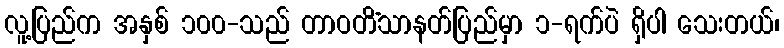
လူ့ပြည်က အနှစ် ၁၀၀-သည် တာဝတိံသာနတ်ပြည်မှာ ၁-ရက်ပဲ ရှိပါ သေးတယ်၊